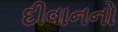
દીવાનનો